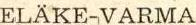
ELÄKE-VARMA